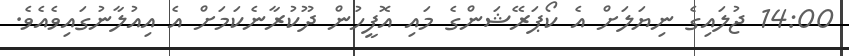
14:00 ޖުލައިގެ ނިޔަލަށް އެ ކޯޕަރޭޝަންގެ މައި އޮފީހުން ދޫކުރާނެކަމަށް އެ އިއުލާނުގައިވެއެވެ.